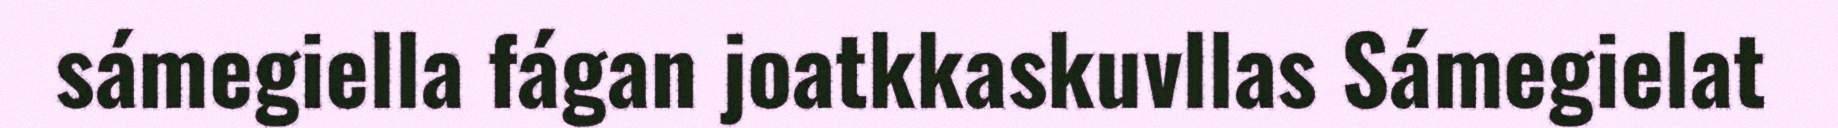
sámegiella fágan joatkkaskuvllas Sámegielat